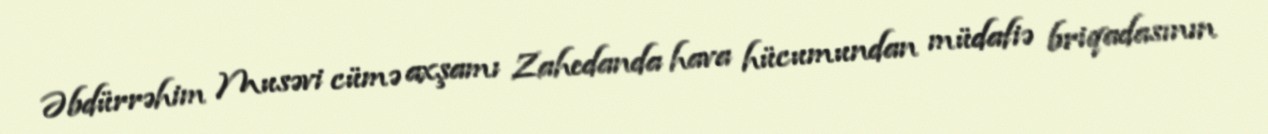
Əbdürrəhim Musəvi cümə axşamı Zahedanda hava hücumundan müdafiə briqadasının